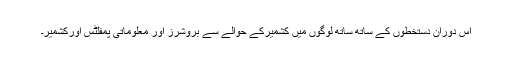
اس دوران دستخطوں کے ساتھ ساتھ لوگوں میں کشمیرکے حوالے سے بروشرز اور معلوماتی پمفلٹس اورکشمیر۔